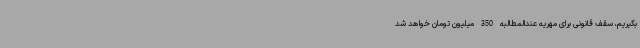
بگیریم، سقف قانونی برای مهریه عندالمطالبه 350 میلیون تومان خواهد شد